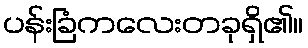
ပန်းခြံကလေးတခုရှိ၏။